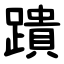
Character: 蹪